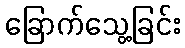
ခြောက်သွေ့ခြင်း